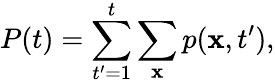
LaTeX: P(t)=\sum_{t^{\prime}=1}^{t}\sum_{\mathbf{x}}p(\mathbf{x},t^{\prime}),